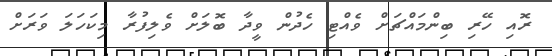
ރޮއި ހޭރި ބިންމައްޗަށް ވެއްޓި ހެދުން ވީދާ ބޮލަށް ވެލިފުރާ މިކަހަލަ ވަރަށް